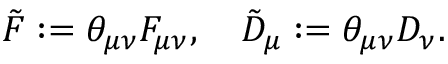
\tilde { F } : = \theta _ { \mu \nu } F _ { \mu \nu } , \quad \tilde { D } _ { \mu } : = \theta _ { \mu \nu } D _ { \nu } .